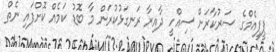
ޕީޕީއެމްގެ ސަރުކާރަށް ސިއްހީ ދާއިރާ ރަނގަޅުކުރަން މާ ބޮޑު ކަމެއް ކޮށްފައި ނެތް